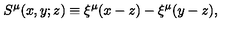
S ^ { \mu } ( x , y ; z ) \equiv \xi ^ { \mu } ( x - z ) - \xi ^ { \mu } ( y - z ) ,